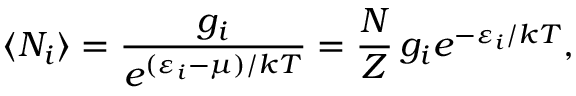
\langle N _ { i } \rangle = { \frac { g _ { i } } { e ^ { ( \varepsilon _ { i } - \mu ) / k T } } } = { \frac { N } { Z } } \, g _ { i } e ^ { - \varepsilon _ { i } / k T } ,